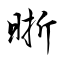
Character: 晣